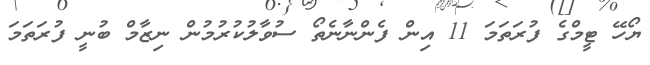
ޔޯހޭ ޓީމްގެ ފުރަތަމަ 11 އިން ފެންނާނެތޯ ސުވާލުކުރުމުން ނިޒާމް ބުނީ ފުރަތަމަ